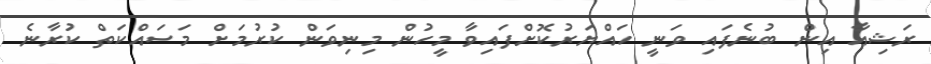
ރަޝިއާ އިން ބުނެފައި ވަނީ ހައްޔަރުކޮށްފައިވާ މީހުން މިނިވަން ކުރުމަށް މަސައްކަތް ކުރާނެ